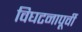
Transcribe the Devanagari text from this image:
विघटनापूर्वी